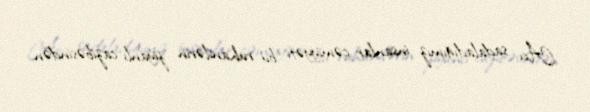
Axı sadaladığımız insanlar cəmiyyəti bu ruhanilərin ziyanlı cazibəsindən